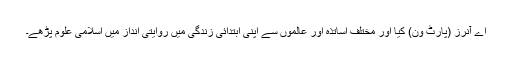
اے آنرز (پارٹ ون) کیا اور مختلف اساتذہ اور عالموں سے اپنی ابتدائی زندگی میں روایتی انداز میں اسلامی علوم پڑھے۔